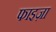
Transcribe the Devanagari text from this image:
फाइज़ा